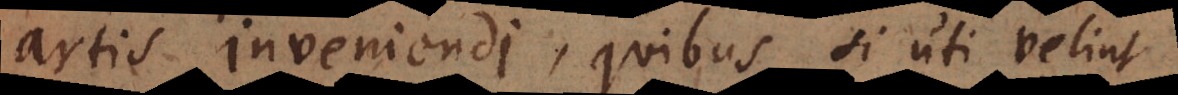
artis inveniendi, quibus si uti velint